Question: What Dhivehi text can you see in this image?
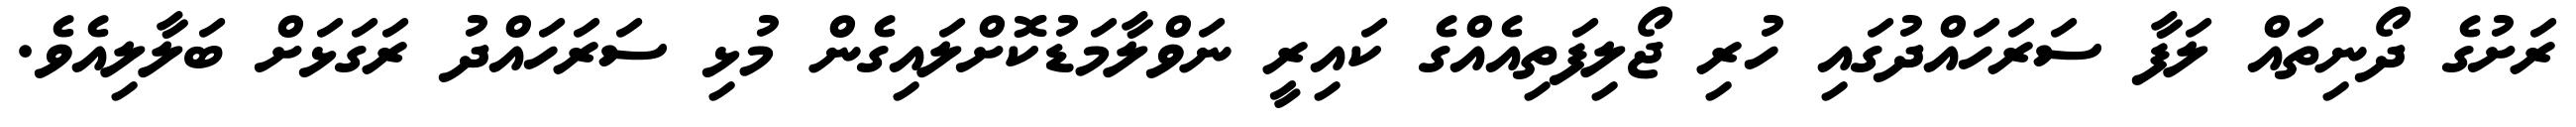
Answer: ރަށުގެ ދޯނިތައް ލަފާ ސަރަހައްދުގައި ހުރި ޖޯލިފަތިއެއްގެ ކައިރީ ނަވްލާމަޑުކޮށްލައިގެން މުޅި ސަރަހައްދު ރަގަޅަށް ބަލާލިއެވެ.